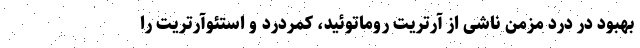
بهبود در درد مزمن ناشی از آرتریت روماتوئید، کمردرد و استئوآرتریت را